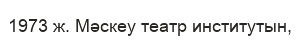
1973 ж. Мәскеу театр институтын,